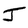
Character: J